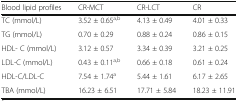
| Blood lipid profiles | CR-MCT | CR-LCT | CR |
 | --- | --- | --- | --- |
 | TC (mmol/L) | 3.52 ± 0.65a,b | 4.13 ± 0.49 | 4.01 ± 0.33 |
 | TG (mmol/L) | 0.70 ± 0.29 | 0.88 ± 0.24 | 0.86 ± 0.15 |
 | HDL- C (mmol/L) | 3.12 ± 0.57 | 3.34 ± 0.39 | 3.21 ± 0.25 |
 | LDL-C (mmol/L) | 0.43 ± 0.11a,b | 0.66 ± 0.18 | 0.61 ± 0.24 |
 | HDL-C/LDL-C | 7.54 ± 1.74a | 5.44 ± 1.61 | 6.17 ± 2.65 |
 | TBA (mmol/L) | 16.23 ± 6.51 | 17.71 ± 5.84 | 18.23 ± 11.91 |